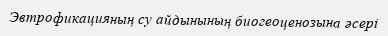
Эвтрофикацияның су айдынының биогеоценозына әсері